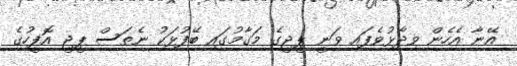
އޭނާ އެހެން ވިދާޅުވެފައި ވަނީ ޕީޖީގެ މަގާމުގައި ބޭފުޅަކު ނެތަސް ޕީޖީ އޮފީހުގެ